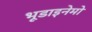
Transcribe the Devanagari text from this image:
भूडाइनेमो